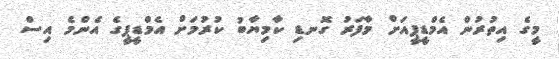
މީގެ އިތުރުން އެމްޑީޕީއަށް މާފަރު ގޮނޑި ކާމިޔާބު ކުރުމަށް އެމްޑީޕީގެ އެންމެ އިސް